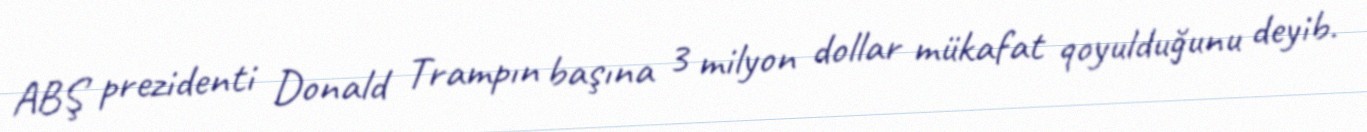
ABŞ prezidenti Donald Trampın başına 3 milyon dollar mükafat qoyulduğunu deyib.